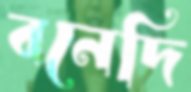
বনেদি